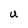
Character: U